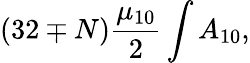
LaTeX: (32\mp N){\frac{\mu_{10}}{2}}\int A_{10},